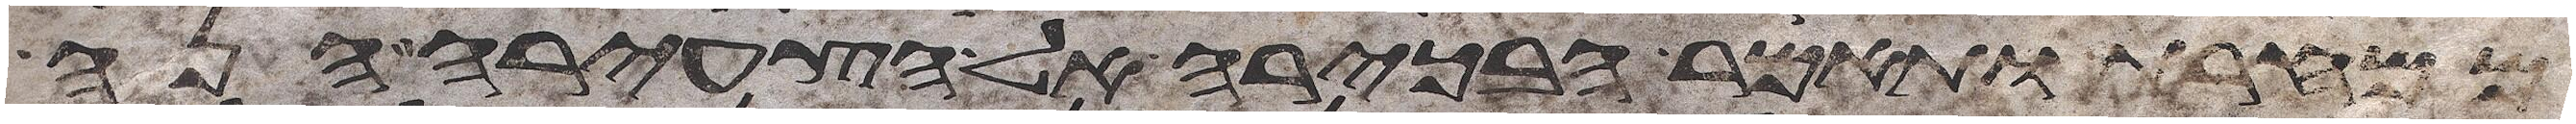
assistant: ממחרת ותאמר הבכירה אל הצעירה הנה